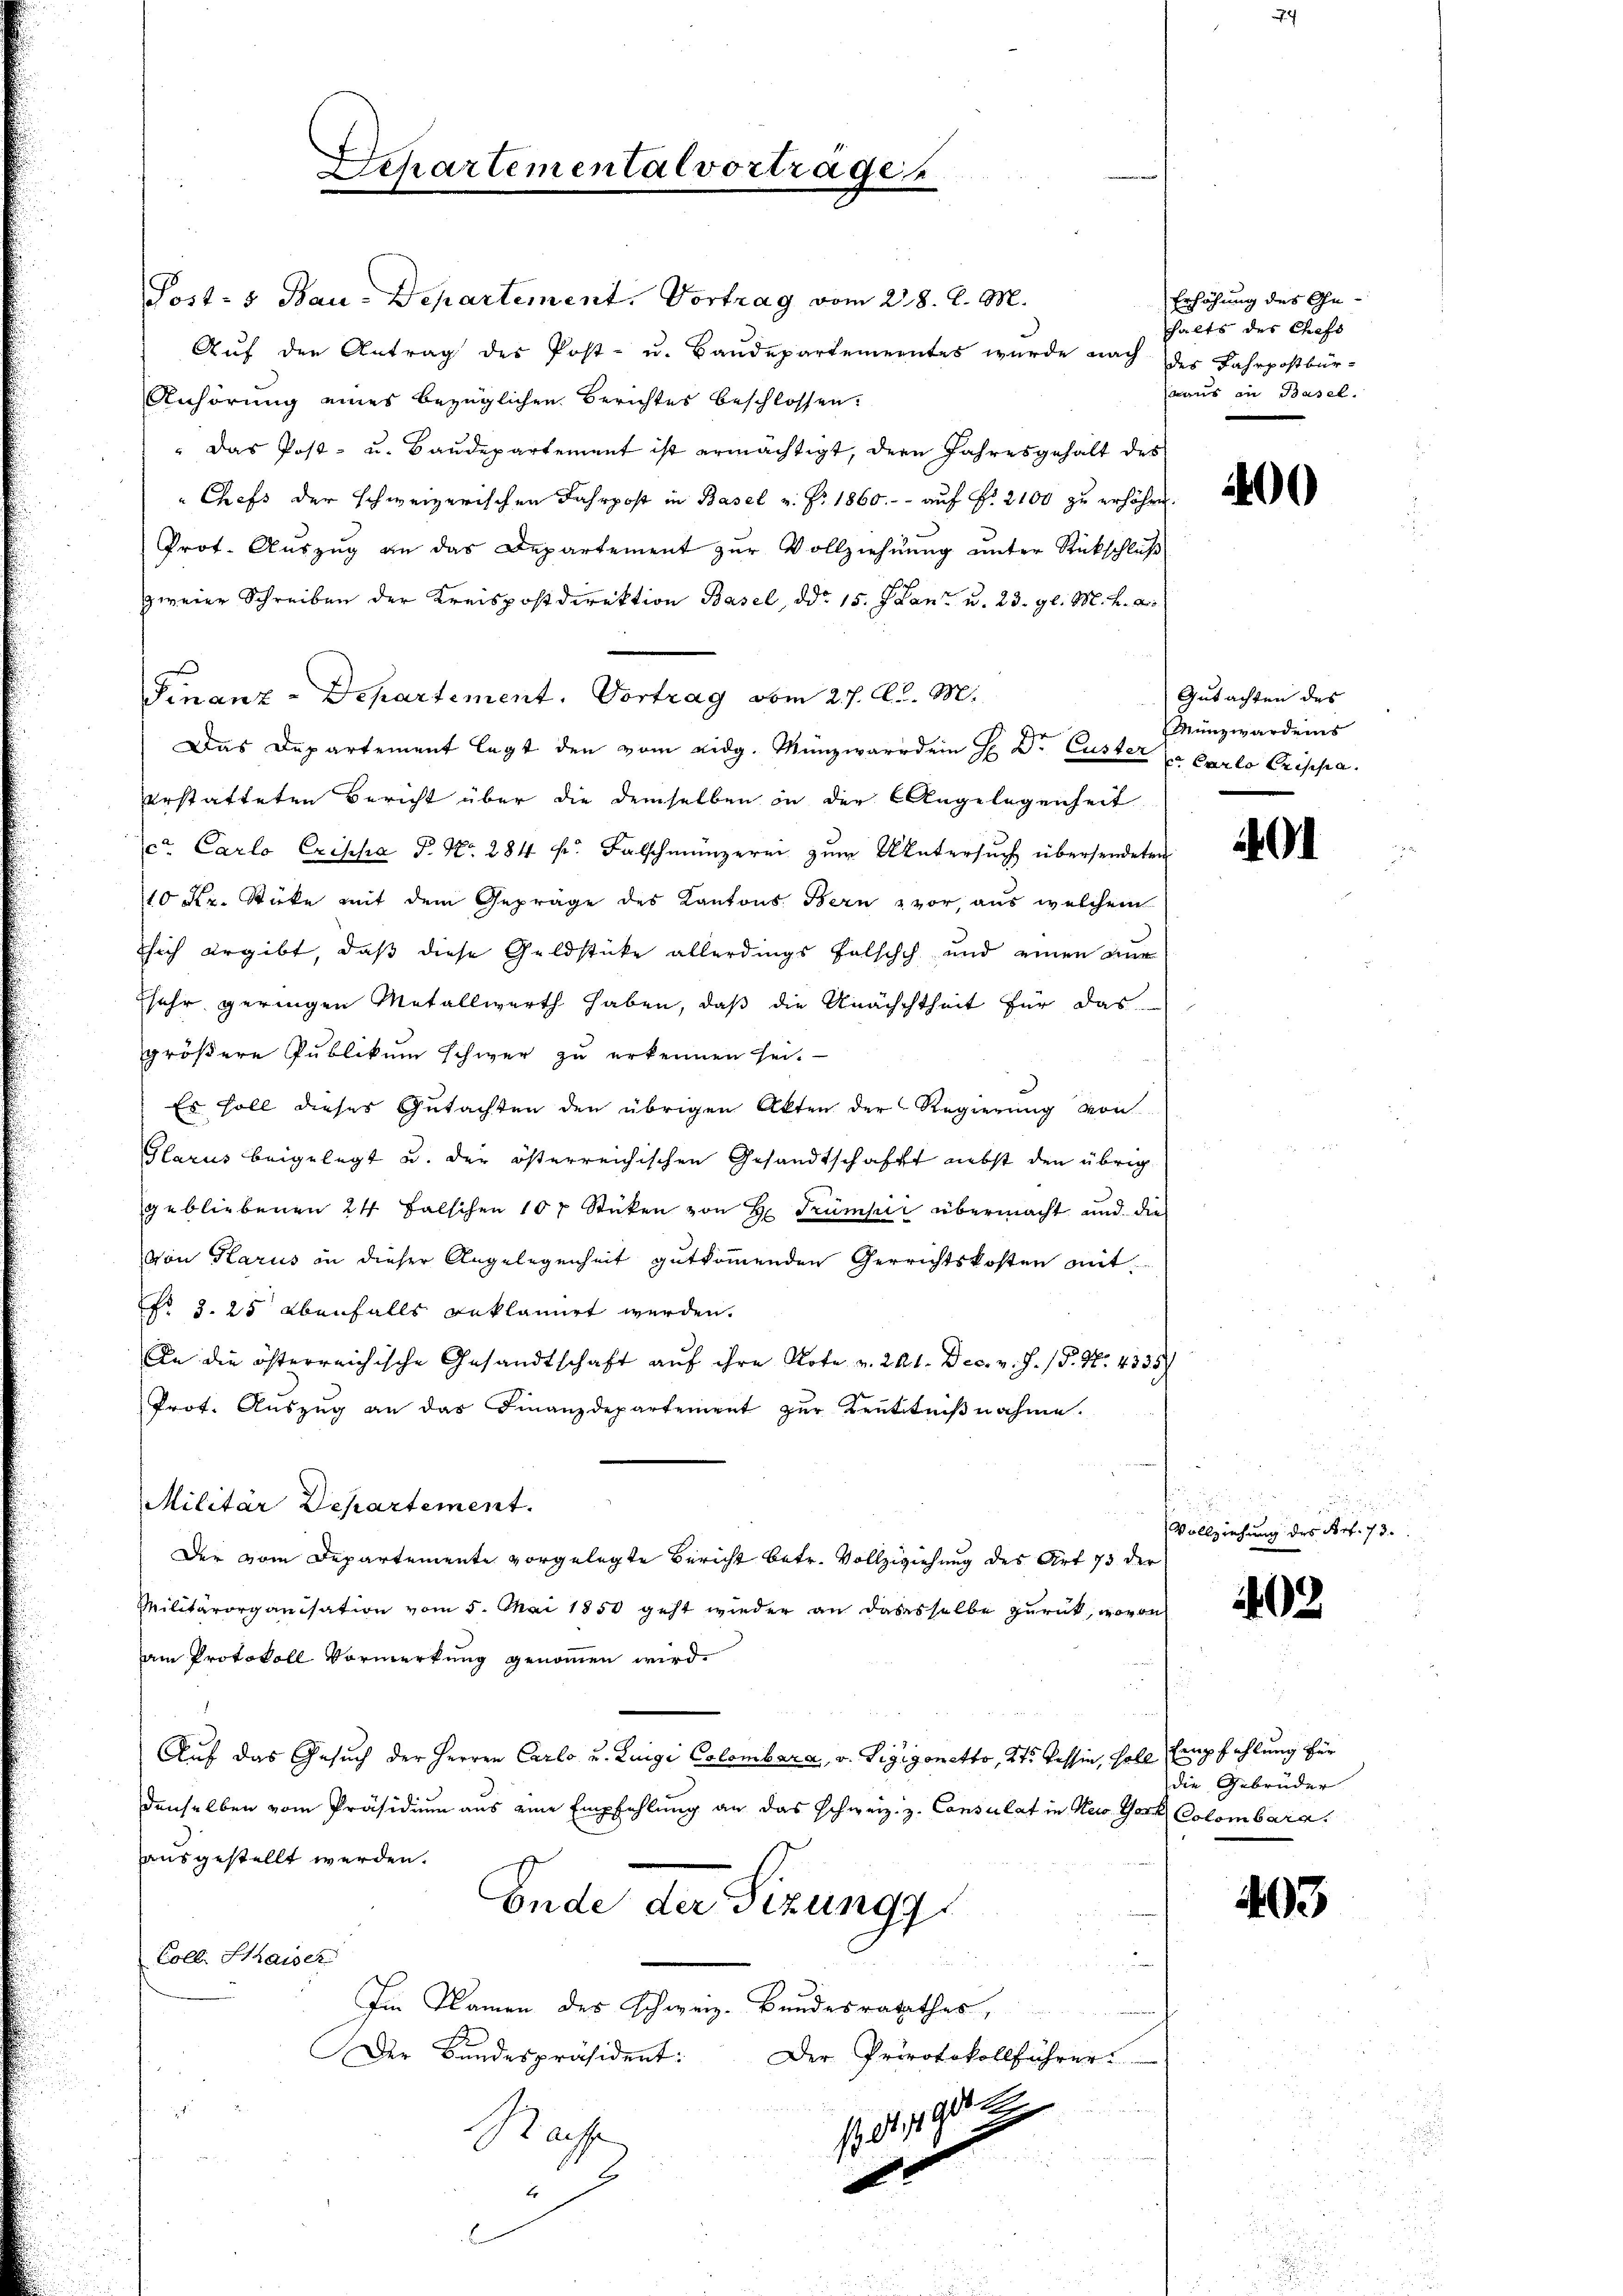
Separtemental vortrage

Post- & Bau-Departement. Vortrag vom 28. d. M.
Aŭf den Antrag des Post- u. Baŭdepartementes wurde nach des Fahrpostbür-
Anhörung eines bezüglichen Berichtes beschlossen:
" Das Post- u. Baudepartement ist ermächtigt, dern Jahresgehalt des
Chefs der schweizerischen Fahrpost in Basel v. fr. 1860.- auf Fr. 2100 zu erhöhen.
Prot. Auszug an das Departement zur Vollziehung unter Rückschluß
zweier Schreiben der Kreispostdirektion Basel, ddo 15. J. Land u. 23. gl. M. h. a.
Finanz-Departement. Vortrag vom 21. A. M.
Das Departement legt den vom eidg. Münzwarr dein H. Dr. Custer u Carlo Frischen.
erstatteten Bericht über die demselben in der Angelegenheit
cr Carlo Criska P. Nr. 284 f. Falschmünzerei zŭm Untersŭch übersendeten
10 Kr. Stücke mit dem Gepräge des Kantons Bern & vor, aus welchem
sich ergibt, daß diese Geldstücke allerdings falsisch und einen zur
sehr geringen Metallwerth haben, daß die Unachtheit für das
gröβere Pŭblikŭm schwer zŭ erkennen sei.
Es soll dieses Gutachten den übrigen Akten der Regierung von
Glarus beigelegt u. der österreichischen Gesandtschafft nebst den übrig
gebliebenen 24 falschen 10 Stücken von H. Trumpić übermacht und die
von Klarus in dieser Angelegenheit gut kommenden Verrichtskosten mit
No 3. 25 ebenfalls geklamirt werden.
An die österreichische Gesandtschaft auf ihre Note v. 241. Dec. v. J. P. Nr. 4335)
Prot. Aŭszŭg an das Finanzdepartement zŭr Kenntniβnahme.
Militär Departement.
Der vom Departemente vorgelegte Bericht betr. Vollziehung des Art 73 der
Militärorganisation vom 5. Mai 1850 geht wieder an dasesselbe zurück, wovon
ain Protokoll Vormerkung genommen wird.
Auf das Gesuch der Herren Carlo u. Luigi Colombara, v. Vigigonetto, 2t. Tessin, soll Empfehlung für
denselben vom Präsidium aus eine Empfehlung an das schweiz. z. Consulat in Nuo Gork Colombara.
ausgestellt werden.
Ende der Sizungg
Colli Kaiser
Im Namen des Schweiz. Bundesrathes,
Der Bundespräsident: Der Protokollführer
r
1. 81. 192
Rache
.
2
.

Erhöhung des Ge-
halts des Chefs
(aus in Basel.

00

Gutachten des
Münzwardens

401

Vollziehung des Art. 73.

1402

die Gebrüder

403